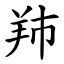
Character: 䍨